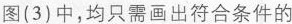
图(3)中，均只需画出符合条件的